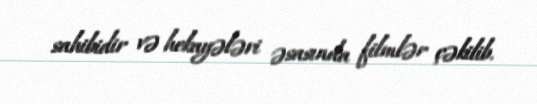
sahibidir və hekayələri əsasında filmlər çəkilib.